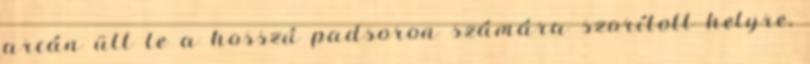
arcán ült le a hosszú padsoron számára szorított helyre,